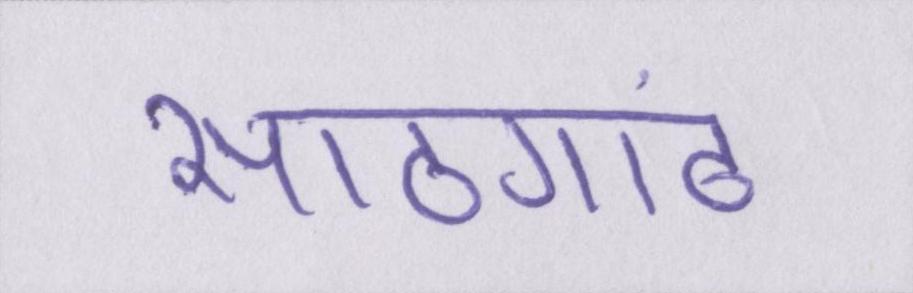
साठगांठ